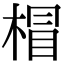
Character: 𣔺